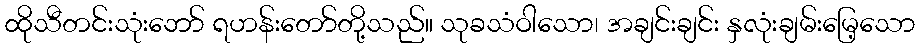
ထိုသီတင်းသုံးဘော် ရဟန်းတော်တို့သည်။ သုခသံဝါသော၊ အချင်းချင်း နှလုံးချမ်းမြေ့သော